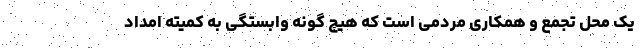
یک محل تجمع و همکاری مردمی است که هیچ گونه وابستگی به کمیته امداد